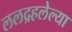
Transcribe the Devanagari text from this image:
ललद्रहलेल्या